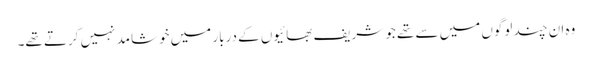
وہ ان چند لوگوں میں سے تھے جو شریف بھائیوں کے دربار میں خوشامد نہیں کرتے تھے۔